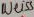
Text: Weiss